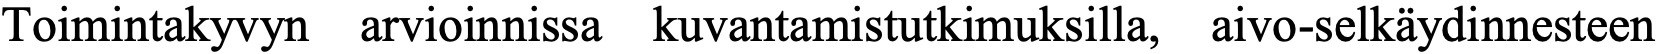
Toimintakyvyn arvioinnissa kuvantamistutkimuksilla, aivo-selkäydinnesteen